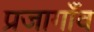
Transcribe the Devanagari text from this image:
प्रजागाँव